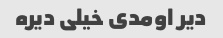
دیر اومدی خیلی دیره